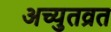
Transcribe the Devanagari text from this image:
अच्युतव्रत